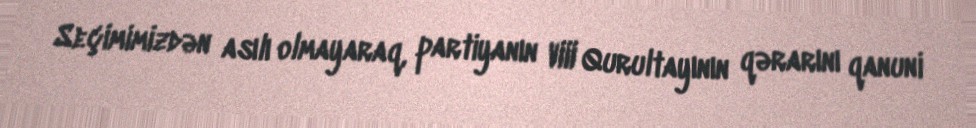
Seçimimizdən asılı olmayaraq, partiyanın VIII Qurultayının qərarını qanuni